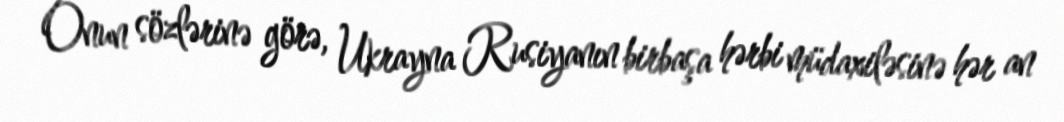
Onun sözlərinə görə, Ukrayna Rusiyanın birbaşa hərbi müdaxiləsinə hər an